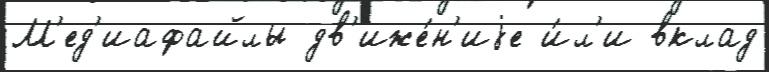
М'ед'иафайлы дв'иже́н'иjе и́л'и вклад